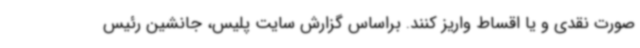
صورت نقدی و یا اقساط واریز کنند. براساس گزارش سایت پلیس، جانشین رئیس